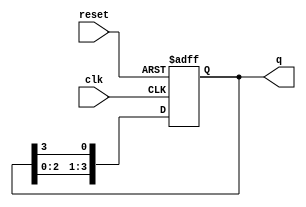
module ring_counter (
    input wire clk,          // Clock input
    input wire reset,        // Asynchronous reset input
    output reg [n-1:0] q     // Output state of the ring counter
);
    parameter n = 4;         // Number of bits in the ring counter

    // Initial state of the ring counter
    initial begin
        q = 1'b1;            // Initialize the counter to 0001
    end

    always @(posedge clk or posedge reset) begin
        if (reset) begin
            q <= 1'b1;       // Reset the counter to 0001
        end else begin
            // Shift the '1' to the left
            q <= {q[n-2:0], q[n-1]}; // Circular shift
        end
    end
endmodule